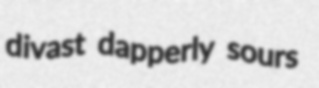
divast dapperly sours